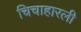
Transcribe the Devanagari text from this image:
चिचाहारली